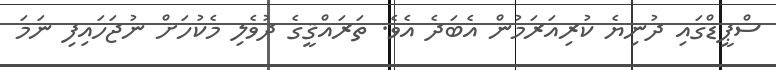
ސްޕީޑްގައި ދުނިޔެ ކުރިއަރަމުން އެބަދެ އެވެ. ތަރައްޤީގެ ދުވެލި މެކުހަށް ނުޖަހައިފި ނަމަ